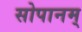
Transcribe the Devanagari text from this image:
सोपानम्